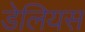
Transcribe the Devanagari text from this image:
डेलियस